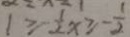
1 \geq - \frac { 1 } { 2 } x \geq - \frac { 1 } { 2 }